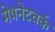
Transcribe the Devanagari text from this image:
मेषनेटवर्क